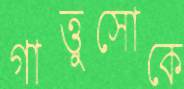
গাত্তুসোকে